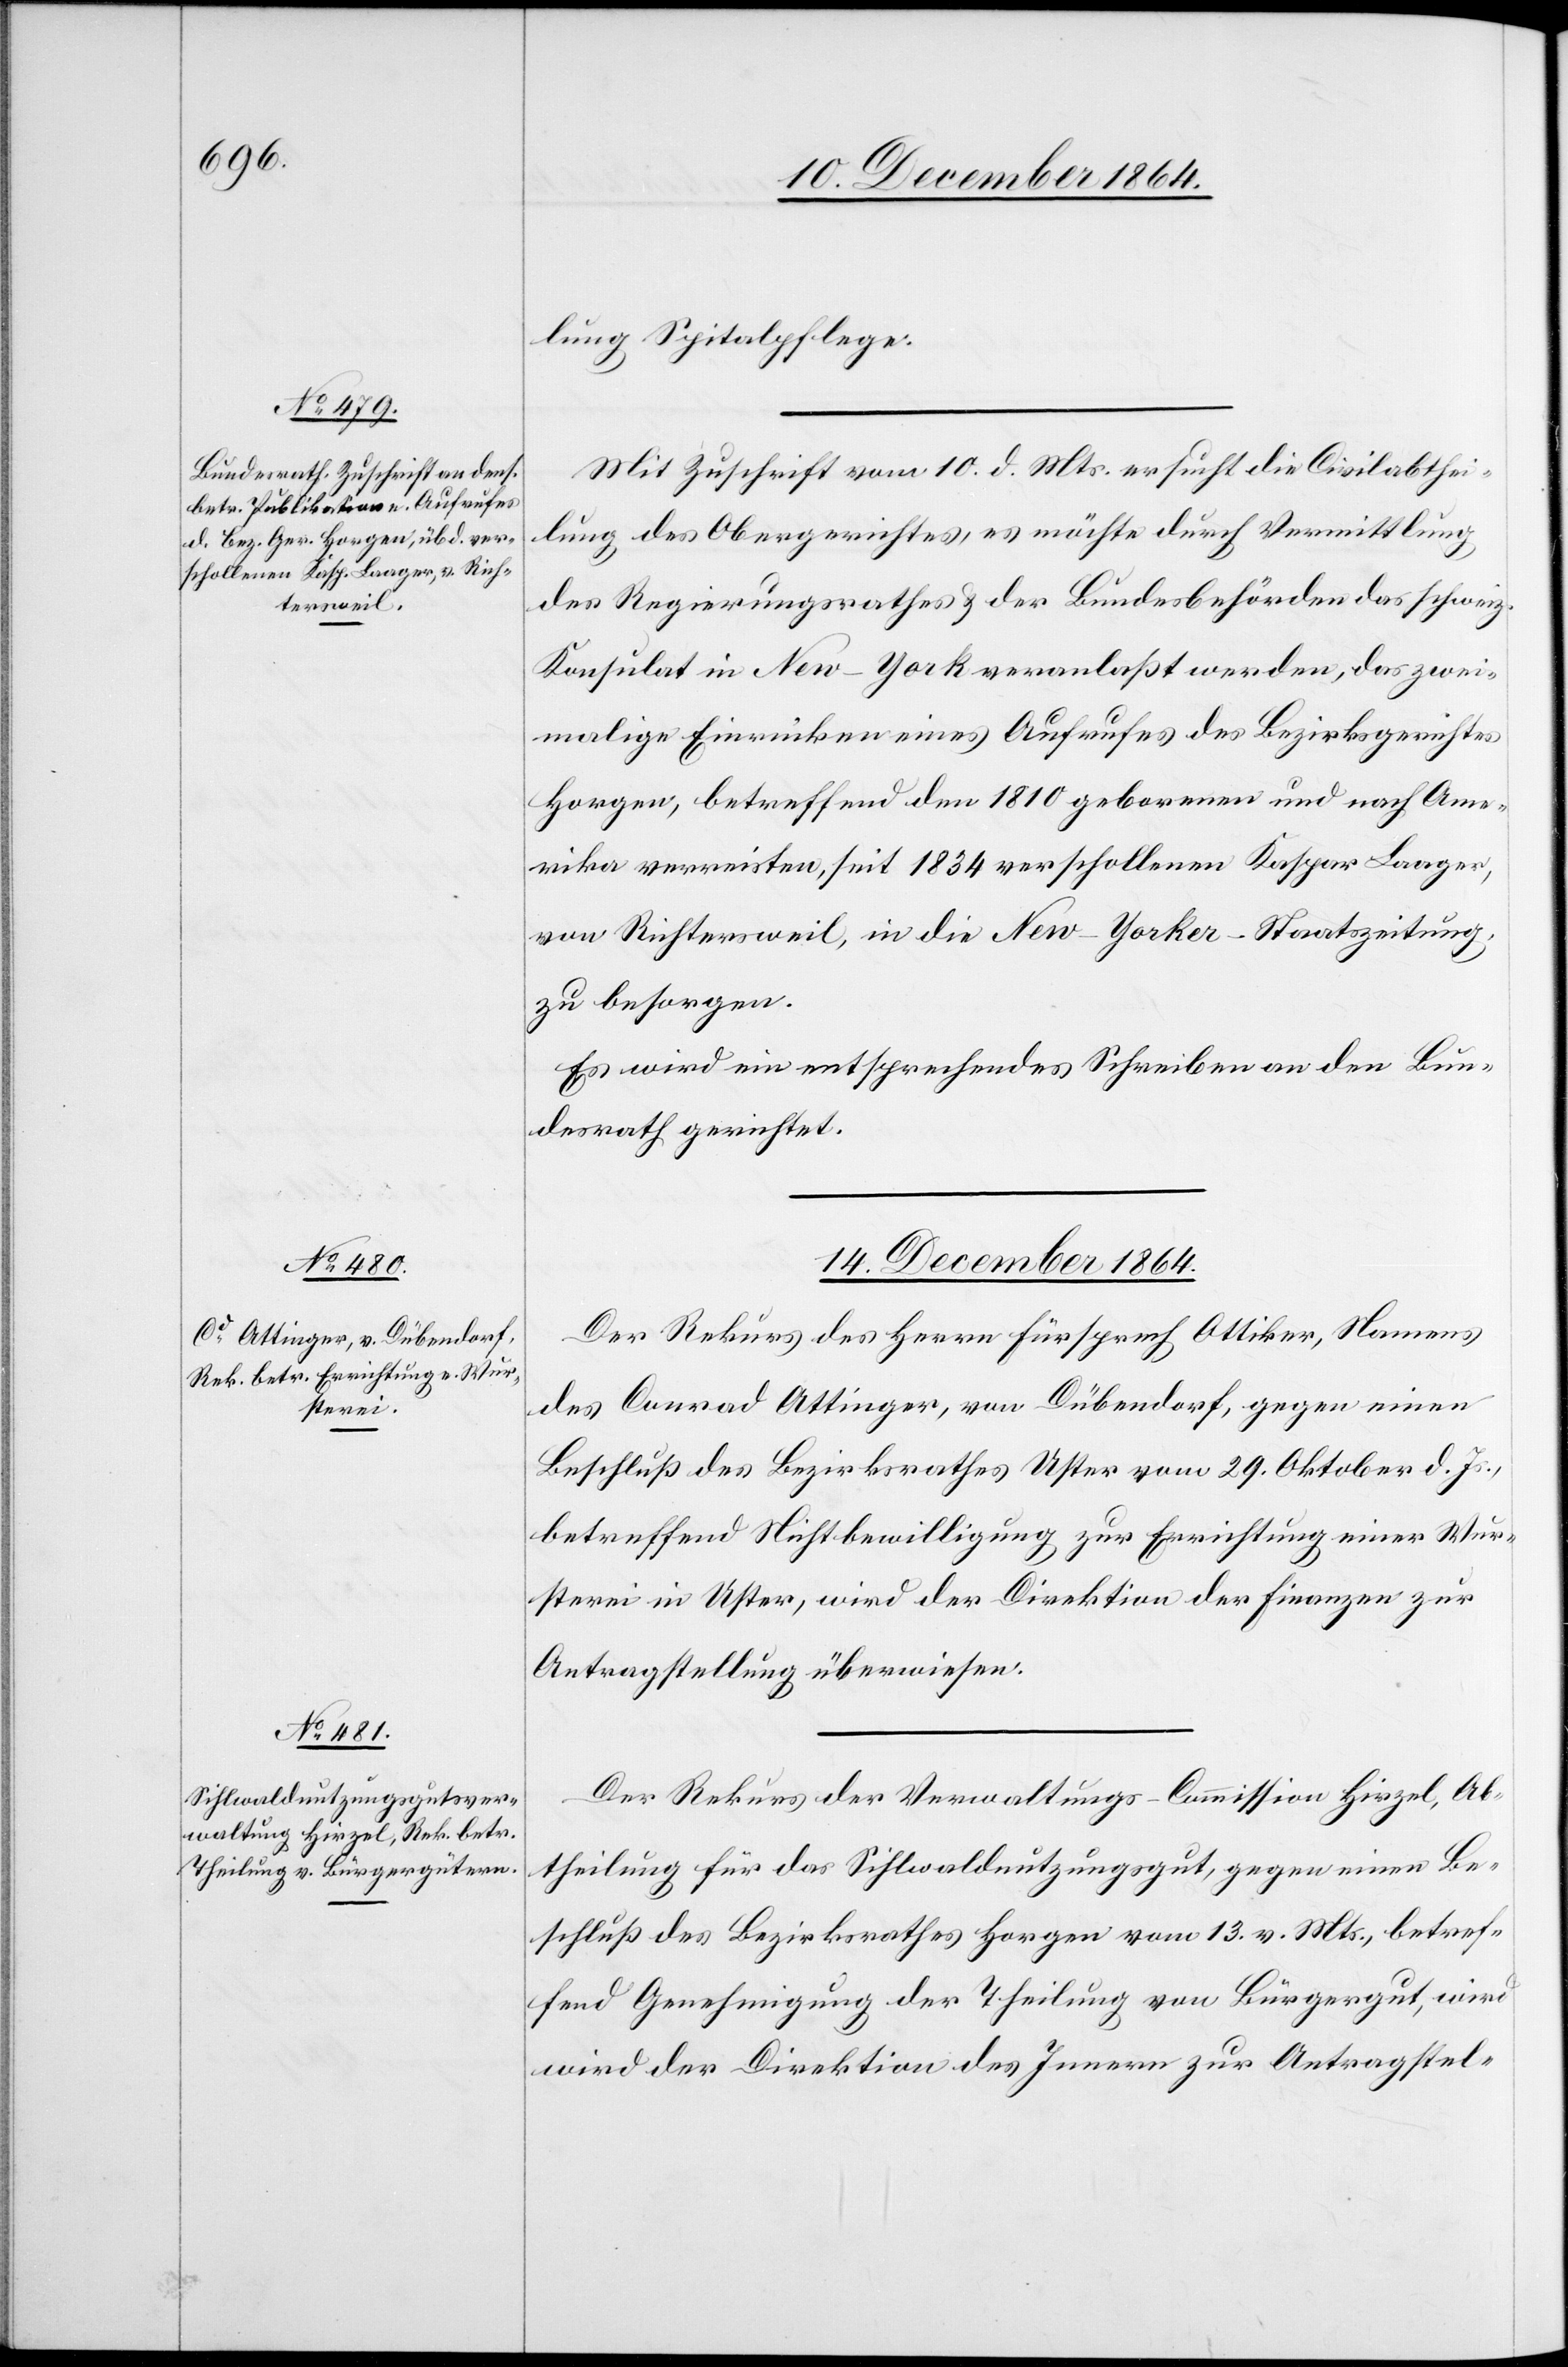
13. December 1864.]
lung Spitalpflege.
Mit Zuschrift vom 10. d. Mts. ersucht die Civilabthei¬
lung des Obergerichtes, es möchte durch Vermittlung
des Regierungsrathes & der Bundesbehörden das schweiz.
Konsulat in New-York veranlaßt werden, das zwei¬
malige Einrücken eines Aufrufes des Bezirksgerichtes
Horgen, betreffend den 1810 geborenen und nach Ame¬
rika verreisten, seit 1834 verschollenen Kaspar Laager,
von Richtersweil, in die New-Yorker-Staatszeitung,
zu besorgen.
Es wird ein entsprechendes Schreiben an den Bun¬
desrath gerichtet.
14. December 1864.]
Der Rekurs des Herrn Fürsprech Ottiker, Namens
des Conrad Attinger, von Dübendorf, gegen einen
Beschluß des Bezirksrathes Uster vom 29. Oktober d. Js.,
betreffend Nichtbewilligung zur Errichtung einer Wur¬
sterei in Uster, wird der Direktion der Finanzen zur
Antragstellung überwiesen.
Der Rekurs der Verwaltungs-Commission Hirzel, Ab¬
theilung für das Sihlwaldnutzungsgut, gegen einen Be¬
schluß des Bezirksrathes Horgen vom 13. v. Mts., betref¬
fend Genehmigung der Theilung von Bürgergut, wird